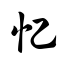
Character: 忆